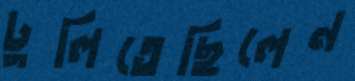
ঢুলিতেছিলেন